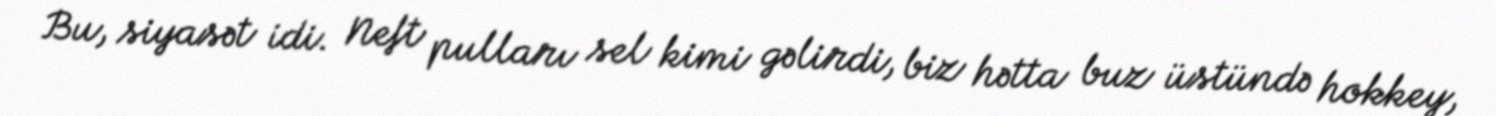
Bu, siyasət idi. Neft pulları sel kimi gəlirdi, biz hətta buz üstündə hokkey,